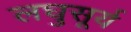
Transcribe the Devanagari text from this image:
लघुसूर्य